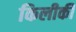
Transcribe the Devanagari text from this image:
किलीकी